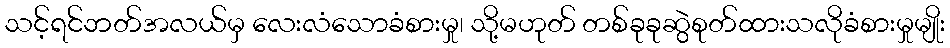
သင့်ရင်ဘတ်အလယ်မှ လေးလံသောခံစားမှု၊ သို့မဟုတ် တစ်ခုခုဆွဲစုတ်ထားသလိုခံစားမှုမျိုး